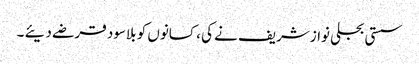
سستی بجلی نوازشریف نے کی ، کسانوں کو بلاسود قرضے دیئے ۔